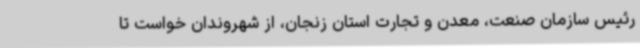
رئیس سازمان صنعت، معدن و تجارت استان زنجان، از شهروندان خواست تا